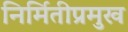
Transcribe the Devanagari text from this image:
निर्मितीप्रमुख